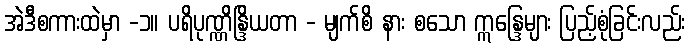
အဲဒီစကားထဲမှာ -၁။ ပရိပုဏ္ဏိန္ဒြိယတာ - မျက်စိ နား စသော ဣန္ဒြေများ ပြည့်စုံခြင်းလည်း